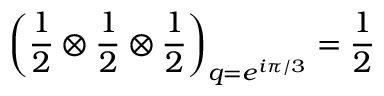
\left( \frac { 1 } { 2 } \otimes \frac { 1 } { 2 } \otimes \frac { 1 } { 2 } \right) _ { q = e ^ { i \pi / 3 } } = \frac { 1 } { 2 }